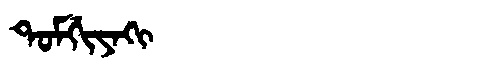
Manchu: ᡨᠣᠮᡤᡳᠶᠠᡴᡳ
Romanization: TOMGIYAKI